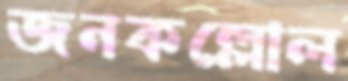
জনকল্লোল